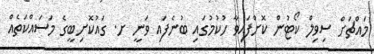
މައްޗަށް ސިވިލް ކޯޓުން ކޮށްފައިވާ ހުކުމުގައި ބުނެފައި ވަނީ ށ. ގައުކޮށިބީގެ މަސައްކަތެއް